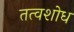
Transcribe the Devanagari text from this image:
तत्वशोध